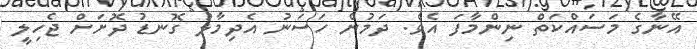
އޭނާގެ މަސައްކަތް ނިންމާފަ އެވެ. ދަމުން ހަސަނު އެދިމާލު ގޮނޑު ދޮށަށް ޖެހިލީ